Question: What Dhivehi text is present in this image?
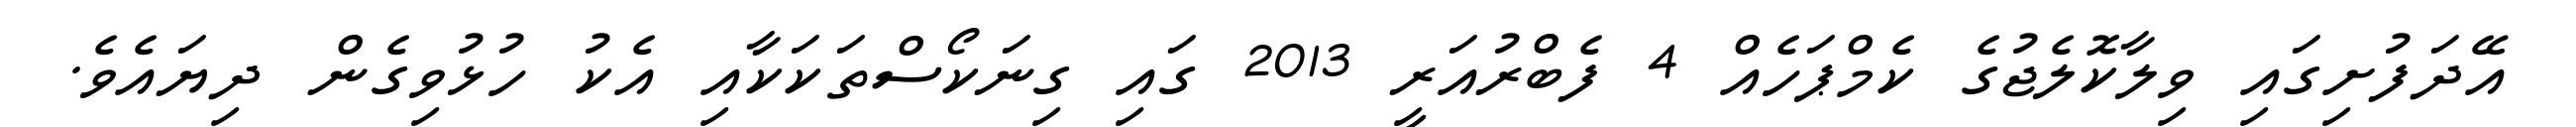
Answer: އޭދަފުށިގައި ވިލާކޮލެޖުގެ ކެމްޕަހެއް 4 ފެބްރުއަރީ 2013 ގައި ގިނަކޯސްތަކަކާއި އެކު ހުޅުވިގެން ދިޔައެވެ.